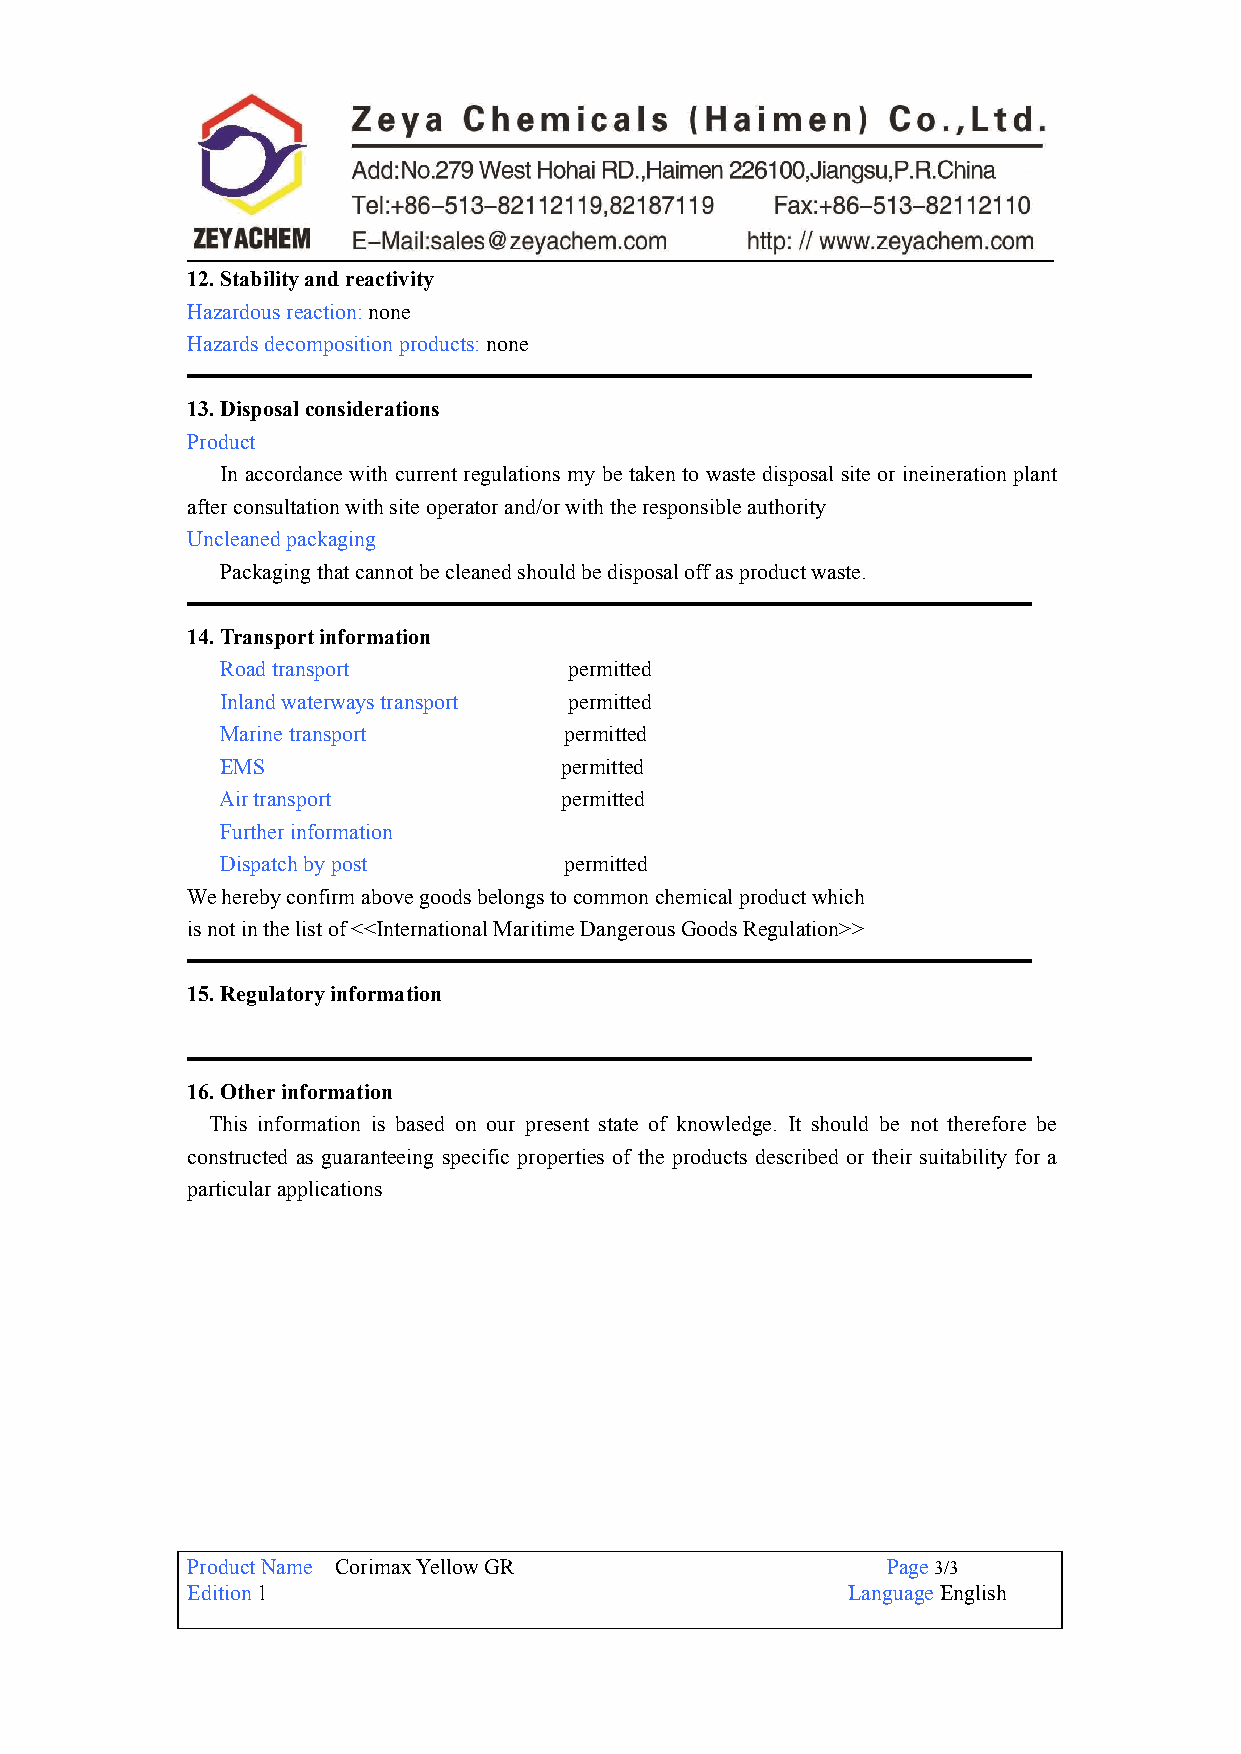
12.Stabilityandreactivity
 Hazardousreaction:none
 Hazardsdecompositionproducts:none
 13.Disposalconsiderations
 Product
 In accordance with currentregulations my be taken to waste disposal site or ineineration plant
 afterconsultationwithsiteoperatorand/orwiththeresponsibleauthority
 Uncleanedpackaging
 Packagingthatcannotbecleanedshouldbedisposaloffasproductwaste.
 14.Transportinformation
 Roadtransport          permitted
 Inlandwaterwaystransport permitted
 Marinetransport       permitted
 EMS                   permitted
 Airtransport           permitted
 Furtherinformation
 Dispatchbypost        permitted
 Weherebyconfirmabovegoodsbelongstocommonchemicalproductwhich
 isnotinthelistof<<InternationalMaritimeDangerousGoodsRegulation>>
 15.Regulatoryinformation
 16.Otherinformation
 This information is based on our present state of knowledge. It should be not therefore be
 constructed as guaranteeing specific properties of the products described or their suitability for a
 particularapplications
 ProductName CorimaxYellowGR                    Page3/3
 Edition1                                    LanguageEnglish